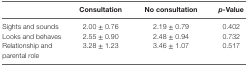
|  | Consultation | No consultation | p-Value |
 | --- | --- | --- | --- |
 | Sights and sounds | 2.00 ± 0.76 | 2.19 ± 0.79 | 0.402 |
 | Looks and behaves | 2.55 ± 0.90 | 2.48 ± 0.94 | 0.732 |
 | Relationship and parental role | 3.28 ± 1.23 | 3.46 ± 1.07 | 0.517 |